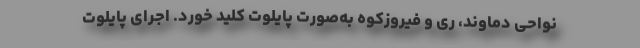
نواحی دماوند، ری و فیروزکوه به‌صورت پایلوت کلید خورد. اجرای پایلوت